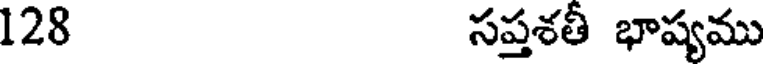
128 సప్తశతీ భాష్యము